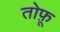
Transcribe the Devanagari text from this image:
तोफ़ू